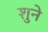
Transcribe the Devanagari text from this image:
शुने